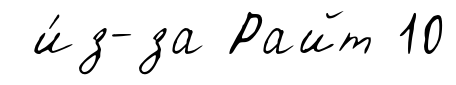
и́з-за Райт 10